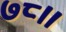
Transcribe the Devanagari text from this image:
७८।।